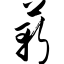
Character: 蕲